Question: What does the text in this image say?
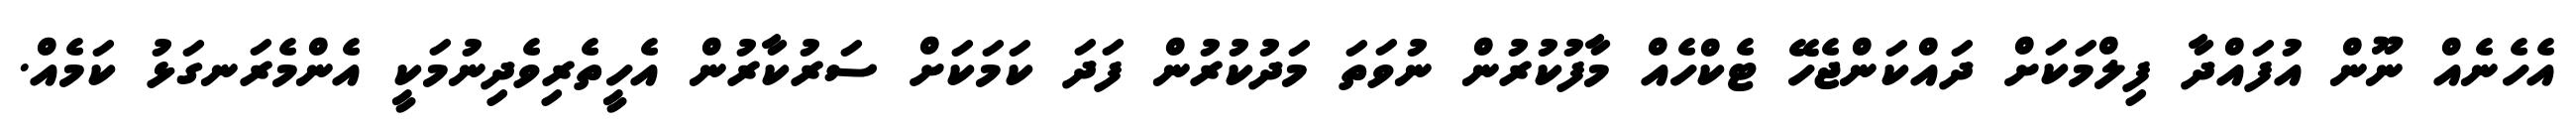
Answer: އެހެނެއް ނޫން އުފައްދާ ފިލްމަކަށް ދައްކަންޖެހޭ ޓެކްހެއް މާފުކުރުން ނުވަތަ މަދުކުރުން ފަދަ ކަމަކަށް ސަރުކާރުން އެހީތެރިވެދިނުމަކީ އެންމެރަނގަޅު ކަމެއް.